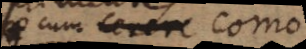
cum Cerere vino